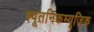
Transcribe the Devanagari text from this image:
स्पूतनिकम्यूज़िक